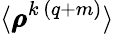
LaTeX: \langle\pmb{\rho}^{k\, (q+m)}\rangle